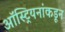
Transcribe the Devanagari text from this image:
ऑस्ट्रियनांकडून